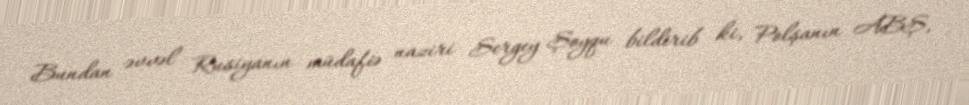
Bundan əvvəl Rusiyanın müdafiə naziri Sergey Şoyqu bildirib ki, Polşanın ABŞ,